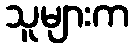
သူများက